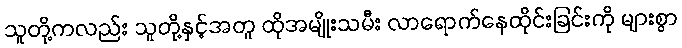
သူတို့ကလည်း သူတို့နှင့်အတူ ထိုအမျိုးသမီး လာရောက်နေထိုင်းခြင်းကို များစွာ